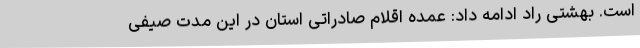
است. بهشتی راد ادامه داد: عمده اقلام صادراتی استان در این مدت صیفی